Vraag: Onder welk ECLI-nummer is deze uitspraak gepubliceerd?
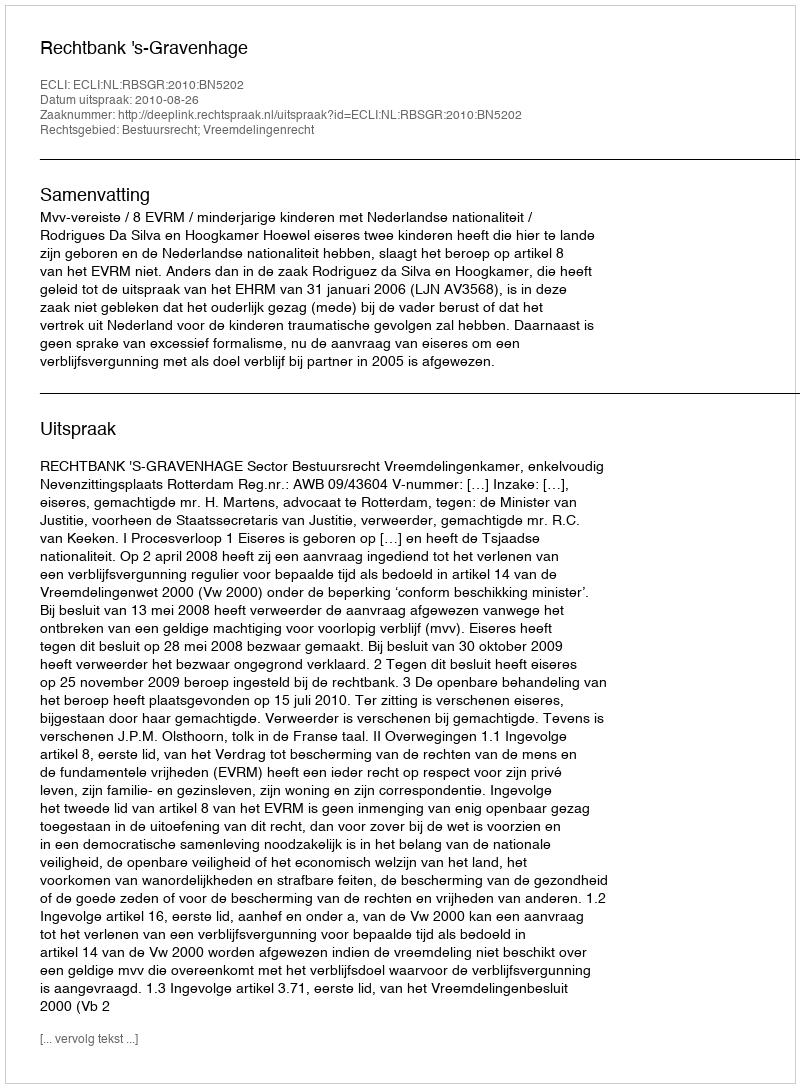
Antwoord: ECLI:NL:RBSGR:2010:BN5202